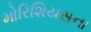
મોરિશિયસના